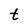
Character: t